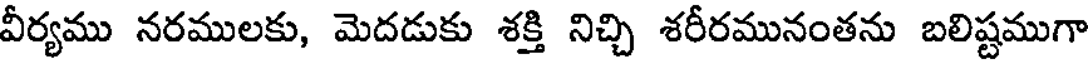
వీర్యము నరములకు, మెదడుకు శక్తి నిచ్చి శరీరమునంతను బలిష్టముగా